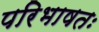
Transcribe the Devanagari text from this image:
परिभाषतः